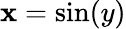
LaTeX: \mathbf{x}=\sin(y)